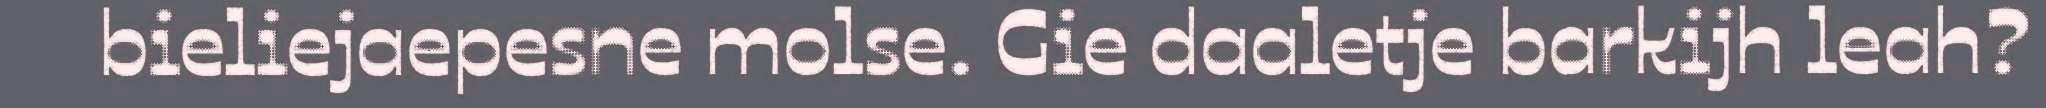
bieliejaepesne molse. Gie daaletje barkijh leah?